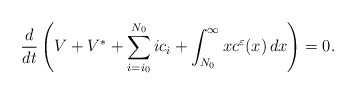
\begin{align*}\frac{d}{dt}\left(V+ V^* + \sum_{i=i_0}^{N_0} i c_i +\int_{N_0}^{\infty} x c^{\varepsilon}(x)\, dx \right)=0.\end{align*}